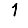
Digit: 1